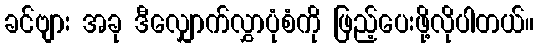
ခင်ဗျား အခု ဒီလျှောက်လွှာပုံစံကို ဖြည့်ပေးဖို့လိုပါတယ်။